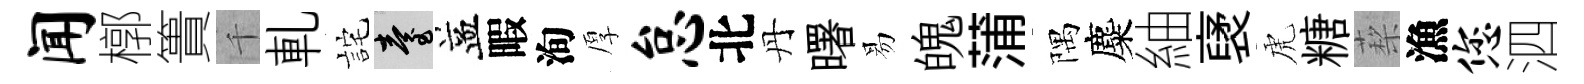
闻槨簣千軋詫臺益暇洵厚怠北丹曙易魄蒲隅麋紬裦虎糖蔾漁您泗